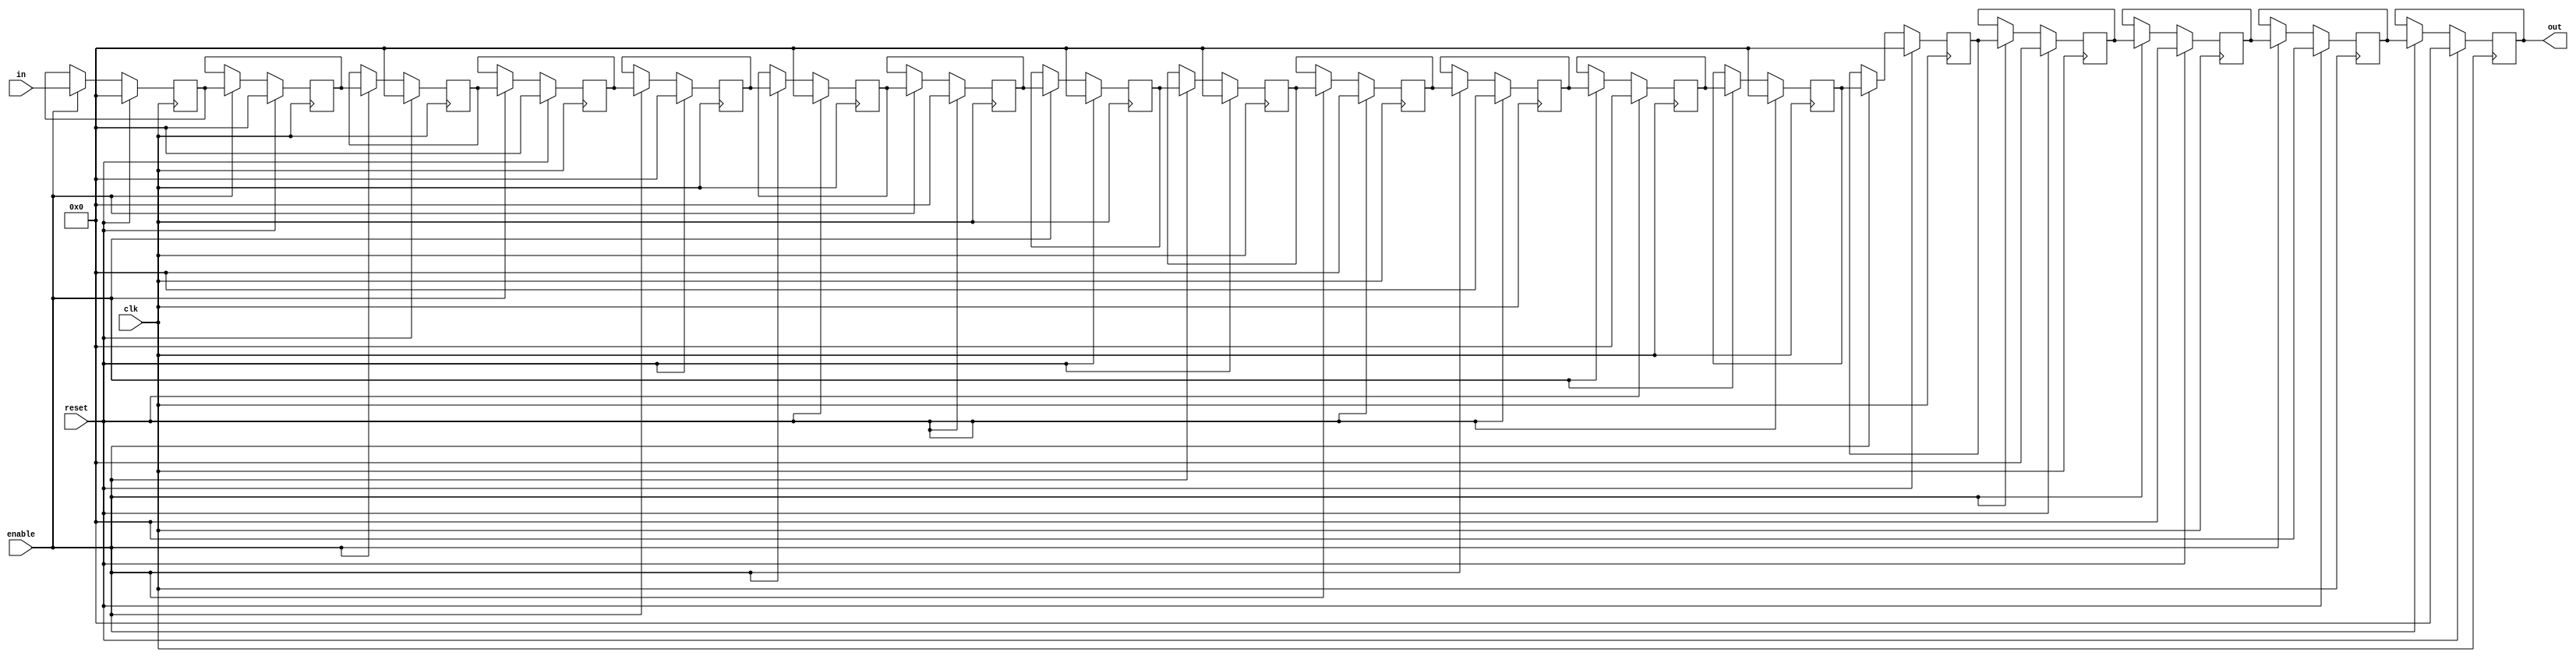
`define SIMULATION_MEMORY

module shift_register_unit_18_18 (
	input clk,
	input reset,
	input enable,
	input [17:0] in,
	output [17:0] out
);

reg [17:0] shift_registers_0;
reg [17:0] shift_registers_1;
reg [17:0] shift_registers_2;
reg [17:0] shift_registers_3;
reg [17:0] shift_registers_4;
reg [17:0] shift_registers_5;
reg [17:0] shift_registers_6;
reg [17:0] shift_registers_7;
reg [17:0] shift_registers_8;
reg [17:0] shift_registers_9;
reg [17:0] shift_registers_10;
reg [17:0] shift_registers_11;
reg [17:0] shift_registers_12;
reg [17:0] shift_registers_13;
reg [17:0] shift_registers_14;
reg [17:0] shift_registers_15;
reg [17:0] shift_registers_16;
reg [17:0] shift_registers_17;
always @ (posedge clk) begin
	if (reset) begin
		shift_registers_0 <= 18'd0;
		shift_registers_1 <= 18'd0;
		shift_registers_2 <= 18'd0;
		shift_registers_3 <= 18'd0;
		shift_registers_4 <= 18'd0;
		shift_registers_5 <= 18'd0;
		shift_registers_6 <= 18'd0;
		shift_registers_7 <= 18'd0;
		shift_registers_8 <= 18'd0;
		shift_registers_9 <= 18'd0;
		shift_registers_10 <= 18'd0;
		shift_registers_11 <= 18'd0;
		shift_registers_12 <= 18'd0;
		shift_registers_13 <= 18'd0;
		shift_registers_14 <= 18'd0;
		shift_registers_15 <= 18'd0;
		shift_registers_16 <= 18'd0;
		shift_registers_17 <= 18'd0;
	end else if (enable) begin
		shift_registers_0 <= in;
		shift_registers_1 <= shift_registers_0;
		shift_registers_2 <= shift_registers_1;
		shift_registers_3 <= shift_registers_2;
		shift_registers_4 <= shift_registers_3;
		shift_registers_5 <= shift_registers_4;
		shift_registers_6 <= shift_registers_5;
		shift_registers_7 <= shift_registers_6;
		shift_registers_8 <= shift_registers_7;
		shift_registers_9 <= shift_registers_8;
		shift_registers_10 <= shift_registers_9;
		shift_registers_11 <= shift_registers_10;
		shift_registers_12 <= shift_registers_11;
		shift_registers_13 <= shift_registers_12;
		shift_registers_14 <= shift_registers_13;
		shift_registers_15 <= shift_registers_14;
		shift_registers_16 <= shift_registers_15;
		shift_registers_17 <= shift_registers_16;
	end
end

assign out = shift_registers_17;

endmodule